Calcutta medical institutions reports 1892-1900
Year: 1892
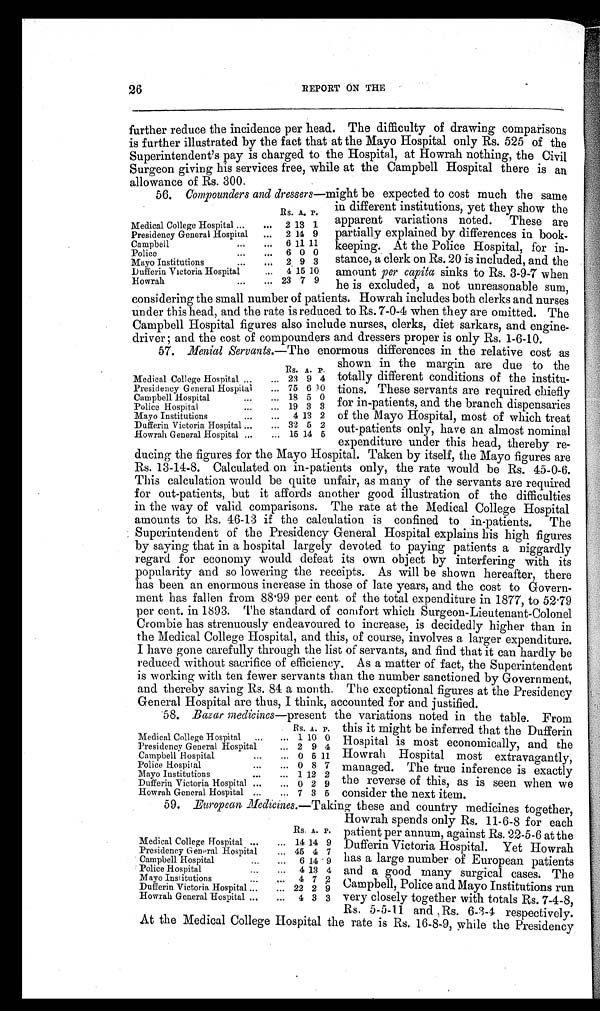
patient per annum, against Rs. 22-5-6 at the
Dufferin Victoria Hospital. Yet Howrah
has a large number of European patients
and a good many surgical cases. The
Campbell, Police and Mayo Institutions run
very closely together with totals Rs. 7-4-8,
Rs. 5-5-11 and Rs. 6-3-4 respectively.
At the Medical College Hospital the rate is Rs. 16-8-9, while the Presidency
Rs. A. P.
Medical College Hospital ... ... 14 14 9
Presidency General Hospital ... 45 4 7
Campbell Hospital
... ... 6 14 9
Police Hospital
... ... 4 13 4
Mayo Institutions
... ... 4 7 2
Dufferin Victoria Hospital ... ... 22 2 9
Howrah General Hospital ... ... 4 3 3
26
REPORT ON THE
further reduce the incidence per head. The difficulty of drawing comparisons
is further illustrated by the fact that at the Mayo Hospital only Rs. 525 of the
Superintendent's pay is charged to the Hospital, at Howrah nothing, the Civil
Surgeon giving his services free, while at the Campbell Hospital there is an
allowance of Rs. 300.
56. Compounders and dressers —might be expected to cost much the same
in different institutions, yet they show the
apparent variations noted. These are
partially explained by differences in book-
keeping. At the Police Hospital, for in-
stance, a clerk on Rs. 20 is included, and the
amount per capita sinks to Rs. 3-9-7 when
he is excluded, a not unreasonable sum,
considering the small number of patients. Howrah includes both clerks and nurses
under this head, and the rate is reduced to Rs. 7-0-4 when they are omitted. The
Campbell Hospital figures also include nurses, clerks, diet sarkars, and engine-
driver; and the cost of compounders and dressers proper is only Rs. 1-6-10.
57. Menial Servants. —The enormous differences in the relative cost as
Rs. A. P.
Medical College Hospital ... ... 2 13 1
Presidency General Hospital ... 2 14 9
Campbell
... ... 6 11 11
Police
. . .
. . . 6 0 0
Mayo Institutions
... ... 2 9 3
Dufferin Victoria Hospital
. . . 4 15 10
Howrah
... ... 23 7 9
shown in the margin are due to the
totally different conditions of the institu-
tions. These servants are required chiefly
for in-patients, and the branch dispensaries
of the Mayo Hospital, most of which treat
out-patients only, have an almost nominal
expenditure under this head, thereby re-
ducing the figures for the Mayo Hospital. Taken by itself, the Mayo figures are
Rs. 13-14-8. Calculated on in-patients only, the rate would be Rs. 45-0-6.
This calculation would be quite unfair, as many of the servants are required
for out-patients, but it affords another good illustration of the difficulties
in the way of valid comparisons. The rate at the Medical College Hospital
amounts to Rs. 46-13 if the calculation is confined to in-patients. The
Superintendent of the Presidency General Hospital explains his high figures
by saying that in a hospital largely devoted to paying patients a niggardly
regard for economy would defeat its own object by interfering with its
popularity and so lowering the receipts. As will be shown hereafter, there
has been an enormous increase in those of late years, and the cost to Govern-
ment has fallen from 88.99 per cent of the total expenditure in 1877, to 52.79
per cent. in 1893. The standard of comfort which Surgeon-Lieutenant-Colonel
Crombie has strenuously endeavoured to increase, is decidedly higher than in
the Medical College Hospital, and this, of course, involves a larger expenditure.
I have gone carefully through the list of servants, and find that it can hardly be
reduced without sacrifice of efficiency. As a matter of fact, the Superintendent
is working with ten fewer servants than the number sanctioned by Government,
and thereby saving Rs. 84 a month. The exceptional figures at the Presidency
General Hospital are thus, I think, accounted for and justified.
58. Bazar medicines—present the variations noted in the table. From
R s . A. P.
Medical College Hospital ... ... 23 9 4
Presidency General Hospital ... 75 6 1 0
Campbell Hospital
... ... 18 5 0
Police Hospital
... ... 19 3 3
Mayo Institutions
... ... 4 13 2
Dufferin Victoria Hospital ... ... 32 5 2
Howrah General Hospital ...
. . . 15 14 5
Rs. A. P.
Medical College Hospital ... ... 1 10 0
Presidency General Hospital
. . . 2 9 4
Campbell Hospital
... ... 0 5 11
Police Hospital
... ... 0 8 7
Mayo Institutions
... ... 1 12 2
Dufferin Victoria Hospital ... ... 0 2 9
Howrah General Hospital ... ... 7 3 5
this it might be inferred that the Dufferin
Hospital is most economically, and the
Howrah Hospital most extravagantly,
managed. The true inference is exactly
the reverse of this, as is seen when we
consider the next item.
59. European Medicines. —Taking these and country medicines together,
Howrah spends only Rs. 11-6-8 for each